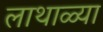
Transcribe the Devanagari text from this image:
लाथाळ्या